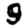
Digit: 9